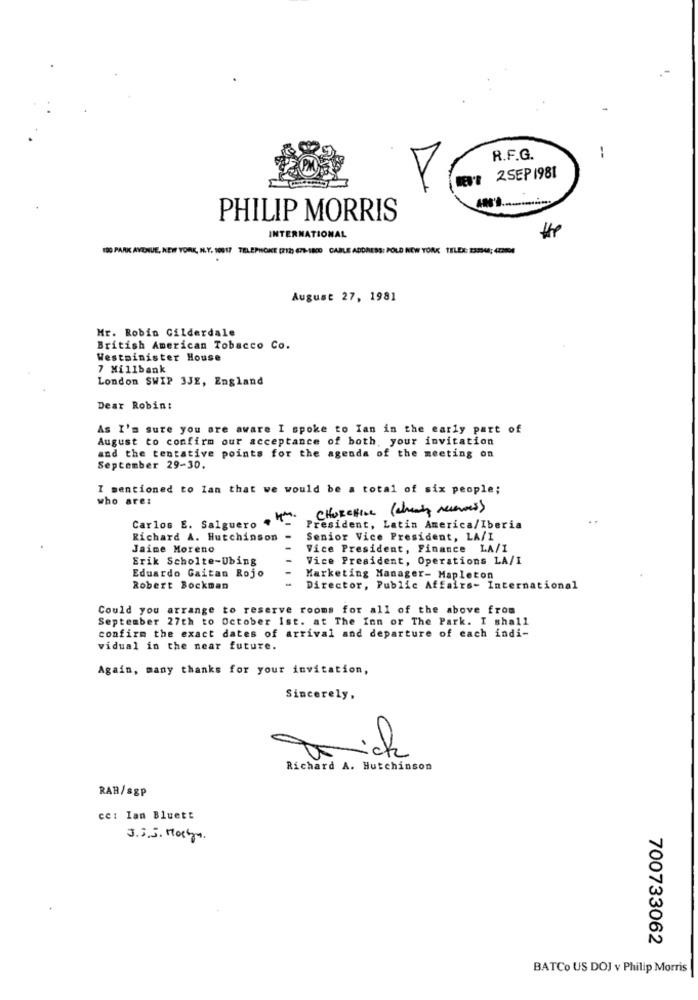
--
R.F.G.
2SEP 1981
PHILIP MORRIS
INTERNATIONAL
100 PARK AVENUE, NEW YORK, H.Y. 10017 TELEPHONE (212) 671-1800 CABLE ADDRESS: POLD NEW YORK TELEX: 233948; 422904
August 27, 1981
Mr. Robin Gilderdale
British American Tobacco Co.
Westminister House
7 Millbank
London SWIP 3JE, England
Dear Robin:
As I'm sure you are aware I spoke to Ian in the early part of
August to confirm our acceptance of both, your invitation
and the tentative points for the agenda of the meeting on
September 29-30.
I mentioned to lan that we would be a total of six people;
who are:
CHURCHILL (cheaty recentes)
Carlos E. Salguero . _
President, Latin America/Iberia
Richard A. Hutchinson
Senior Vice President, LA/I
Jaime Moreno
Vice President, Finance LA/I
Erik Scholte-Ubing
Vice President, Operations LA/I
Eduardo Gaitan Rojo
Marketing Manager- Mapleton
Robert Bockman
Director, Public Affairs- International
Could you arrange to reserve rooms for all of the above from
September 27th to October Ist. at The Inn or The Park. I shall
confirm the exact dates of arrival and departure of each indi-
vidual in the near future.
Again, many thanks for your invitation,
Sincerely,
Richard A. Hutchinson
RAH/sgp
cc: lan Bluett
700733062
BATCo US DOJ v Philip Morris